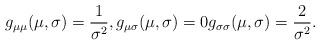
LaTeX: \begin{align*}g_{\mu\mu}(\mu,\sigma) = \frac{1}{\sigma^2}, g_{\mu\sigma}(\mu,\sigma) = 0 g_{\sigma\sigma}(\mu,\sigma) = \frac{2}{\sigma^2}.\end{align*}